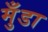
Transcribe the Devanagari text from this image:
मुँडा